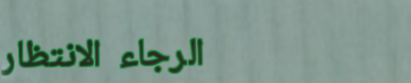
الرجاء الانتظار